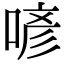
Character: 喭